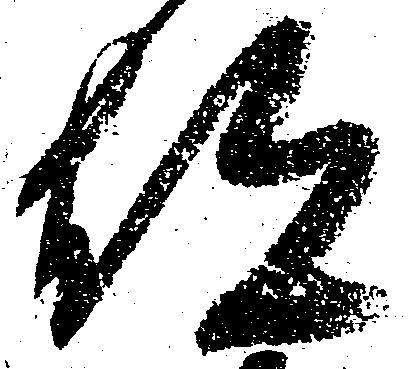
都